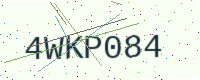
Text: 4WKP084